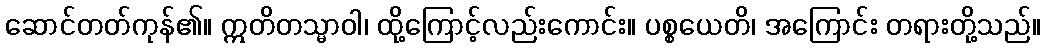
ဆောင်တတ်ကုန်၏။ ဣတိတသ္မာဝါ၊ ထို့ကြောင့်လည်းကောင်း။ ပစ္စယေတိ၊ အကြောင်း တရားတို့သည်။